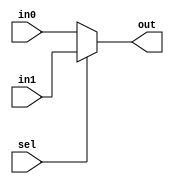
module mux_2to1_32bit(in0, in1, sel, out);
	input [31:0] in0, in1;
	input sel;
	output [31:0] out;
	assign out = sel == 1'b0 ? in0 :
		     sel == 1'b1 ? in1 : 32'bx;
endmodule